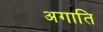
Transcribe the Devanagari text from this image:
अगाति